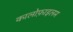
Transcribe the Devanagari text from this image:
कालोफ़ाइलम